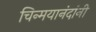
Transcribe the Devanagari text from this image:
चिन्मयानंदांनी